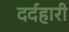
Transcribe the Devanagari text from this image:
दर्दहारी